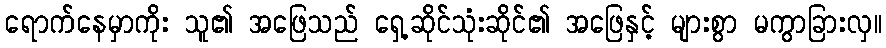
ရောက်နေမှာကိုး သူ၏ အဖြေသည် ရှေ့ဆိုင်သုံးဆိုင်၏ အဖြေနှင့် များစွာ မကွာခြားလှ။